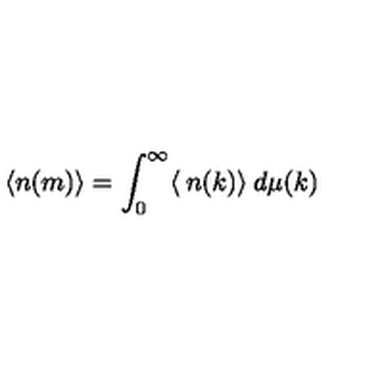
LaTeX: \langle n ( m ) \rangle = \int _ { 0 } ^ { \infty } \langle \: n ( k ) \rangle \: d \mu ( k )